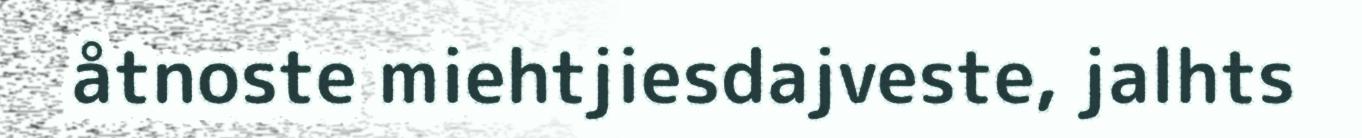
åtnoste miehtjiesdajveste, jalhts